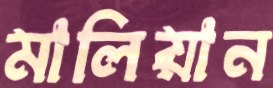
মালিয়ান